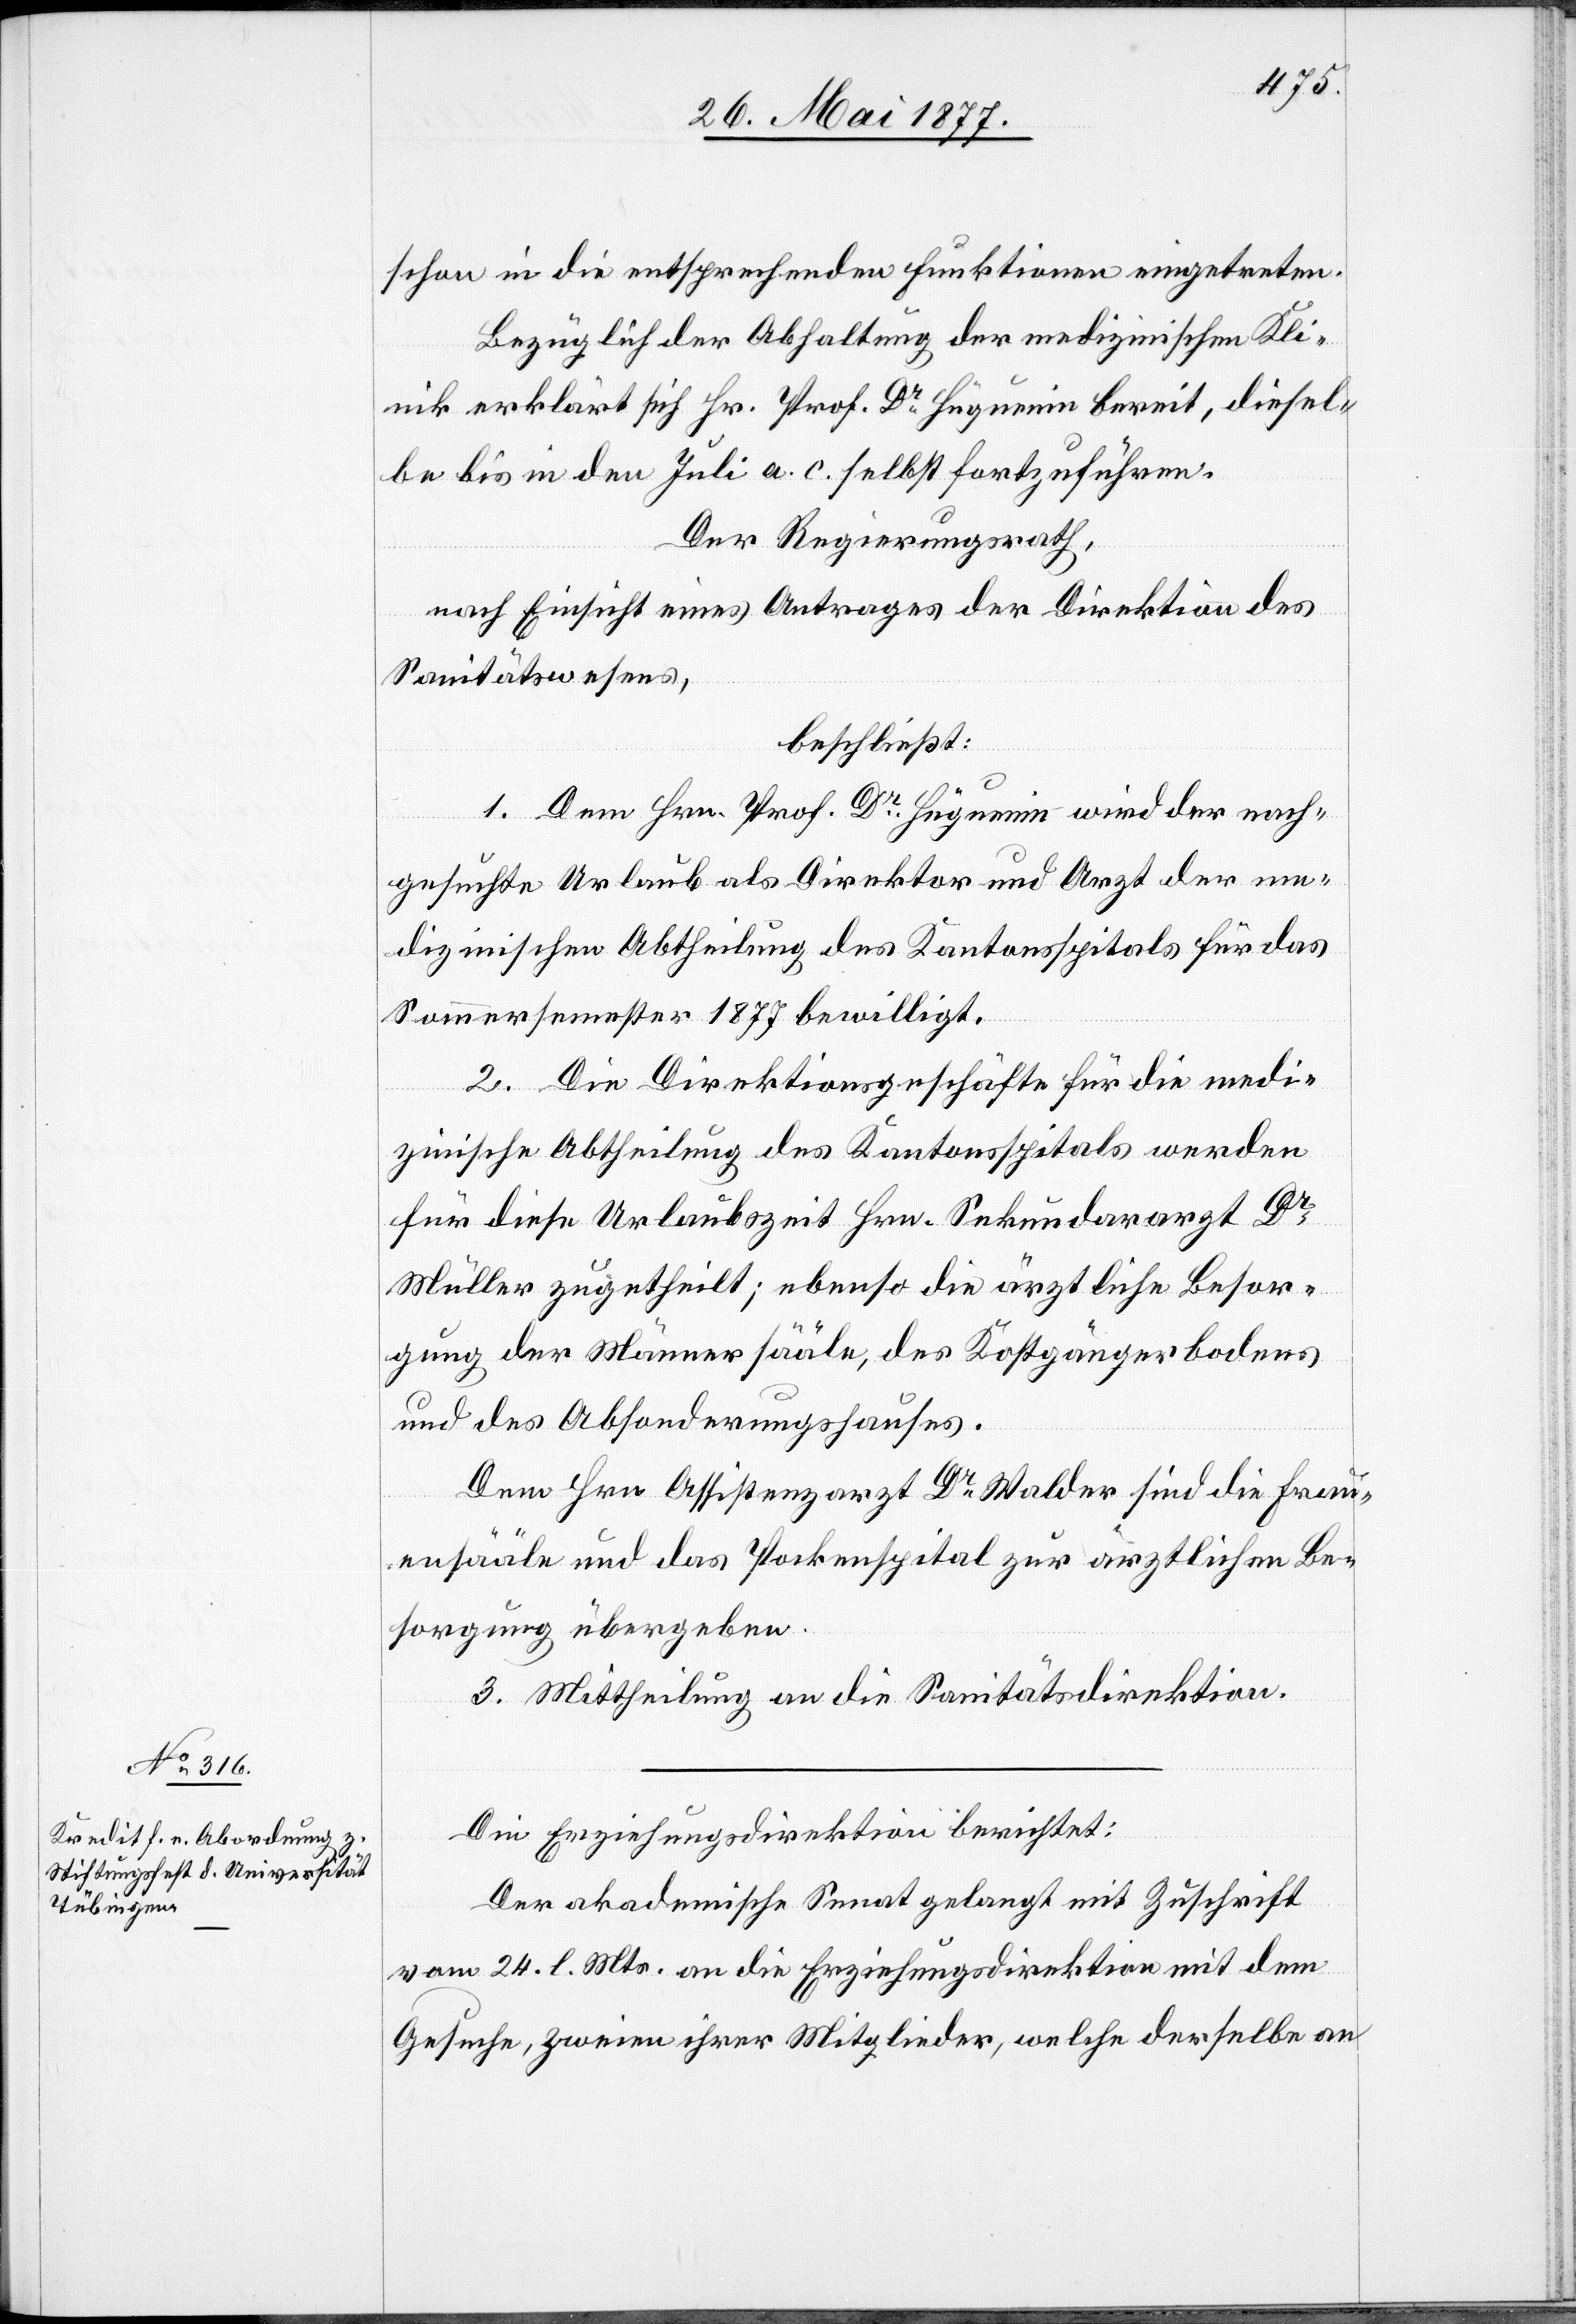
schon in die entsprechenden Funktionen eingetreten.
Bezüglich der Abhaltung der medizinischen Kli¬
nk erklärt sich Hr. Prof. Dr Hüguenin bereit, diesel¬
be bis in den Juli a. c. selbst fortzuführen.
Der Regierungsrath,
nach Einsicht eines Antrages der Direktion des
Sanitätswesens,
beschließt:
1. Dem Hrn. Prof. Dr Hüguenin wird der nach¬
gesuchte Urlaub als Direktor und Arzt der me¬
dizinischen Abtheilung des Kantonsspitals für das
Sommersemester 1877 bewilligt.
2. Die Direktionsgeschäfte für die medi¬
zinische Abtheilung des Kantonsspitals werden
für diese Urlaubszeit Hrn. Sekundararzt Dr
Müller zugetheilt; ebenso die ärztliche Besor¬
gung der Männersääle, des Kostgängerbodens
und des Absonderungshauses.
Dem Hrn. Assistenzarzt Dr Walder sind die Frau¬
ensääle und das Pockenspital zur ärztlichen Be¬
sorgung übergeben.
3. Mittheilung an die Sanitätsdirektion.
Die Erziehungsdirektion berichtet:
Der akademische Senat gelangt mit Zuschrift
vom 24. l. Mts. an die Erziehungsdirektion mit dem
Gesuche, zweien ihrer Mitglieder, welche derselbe an